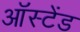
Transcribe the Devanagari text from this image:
ऑस्टेंड